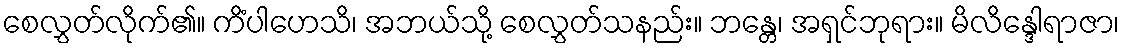
စေလွှတ်လိုက်၏။ ကိံပါဟေသိ၊ အဘယ်သို့ စေလွှတ်သနည်း။ ဘန္တေ၊ အရှင်ဘုရား။ မိလိန္ဒေါရာဇာ၊